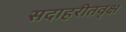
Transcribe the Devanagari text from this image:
सदाहरीतवृक्ष